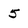
Character: 5